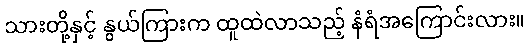
သားတို့နှင့် နွယ်ကြားက ထူထဲလာသည့် နံရံအကြောင်းလား။